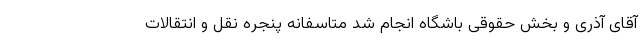
آقای آذری و بخش حقوقی باشگاه انجام شد متاسفانه پنجره‌ نقل و انتقالات